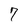
Character: 7